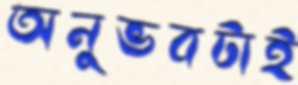
অনুভবটাই